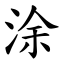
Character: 涂